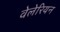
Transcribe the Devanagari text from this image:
वेलेरियन